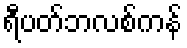
ရီပတ်ဘလစ်ကန်